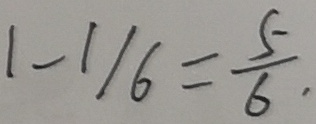
1 - 1 / 6 = \frac { 5 } { 6 } .